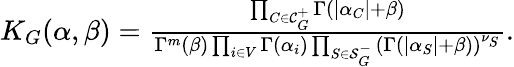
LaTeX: \begin{array}{r}{K_{G}(\alpha,\beta)=\frac{\prod_{C\in\mathcal{C}_{G}^{+}}\Gamma(|\alpha_{C}|+\beta)}{\Gamma^{m}(\beta)\prod_{i\in V}\Gamma(\alpha_{i})\prod_{S\in\mathcal{S}_{G}^{-}}\left(\Gamma(|\alpha_{S}|+\beta)\right)^{\nu_{S}}}.}\end{array}